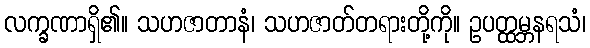
လက္ခဏာရှိ၏။ သဟဇာတာနံ၊ သဟဇာတ်တရားတို့ကို။ ဥပတ္ထမ္ဘနရသံ၊